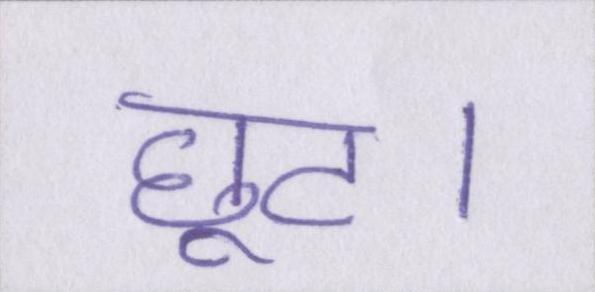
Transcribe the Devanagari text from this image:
छूट।